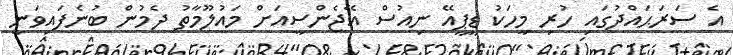
އެ ސަރަޙައްދުގައި ހުރި މީހަކު ޑީޕީއޭ ނިއުސް އޭޖެންސީއަށް މައުލޫމާތު ދެމުން ބުނެފައިވަނީ